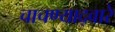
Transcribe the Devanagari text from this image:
चाचण्याद्वारे